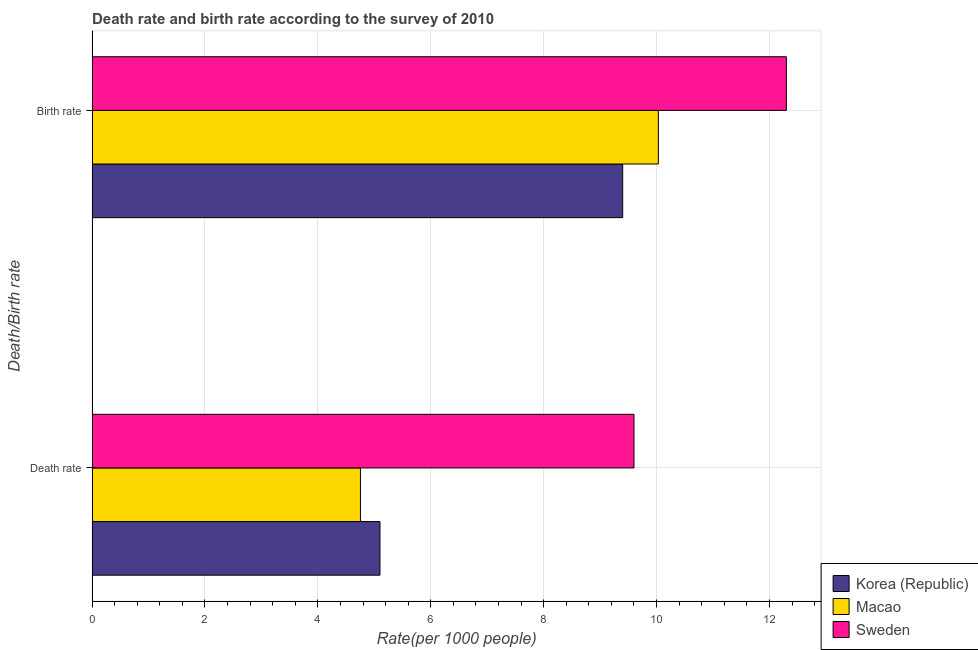
| Death/Birth rate | Korea (Republic) | Macao | Sweden |
 | --- | --- | --- | --- |
 | Death rate | 5.1 | 4.75 | 9.6 |
 | Birth rate | 9.4 | 10 | 12.3 |